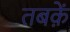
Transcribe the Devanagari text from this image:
तबक़ें